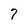
Character: 7